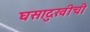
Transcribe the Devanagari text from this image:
घसादुखीची